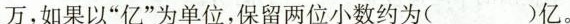
万，如果以“亿”为单位，保留两位小数约为()亿。